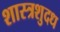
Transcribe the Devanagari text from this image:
शास्त्रशुदध